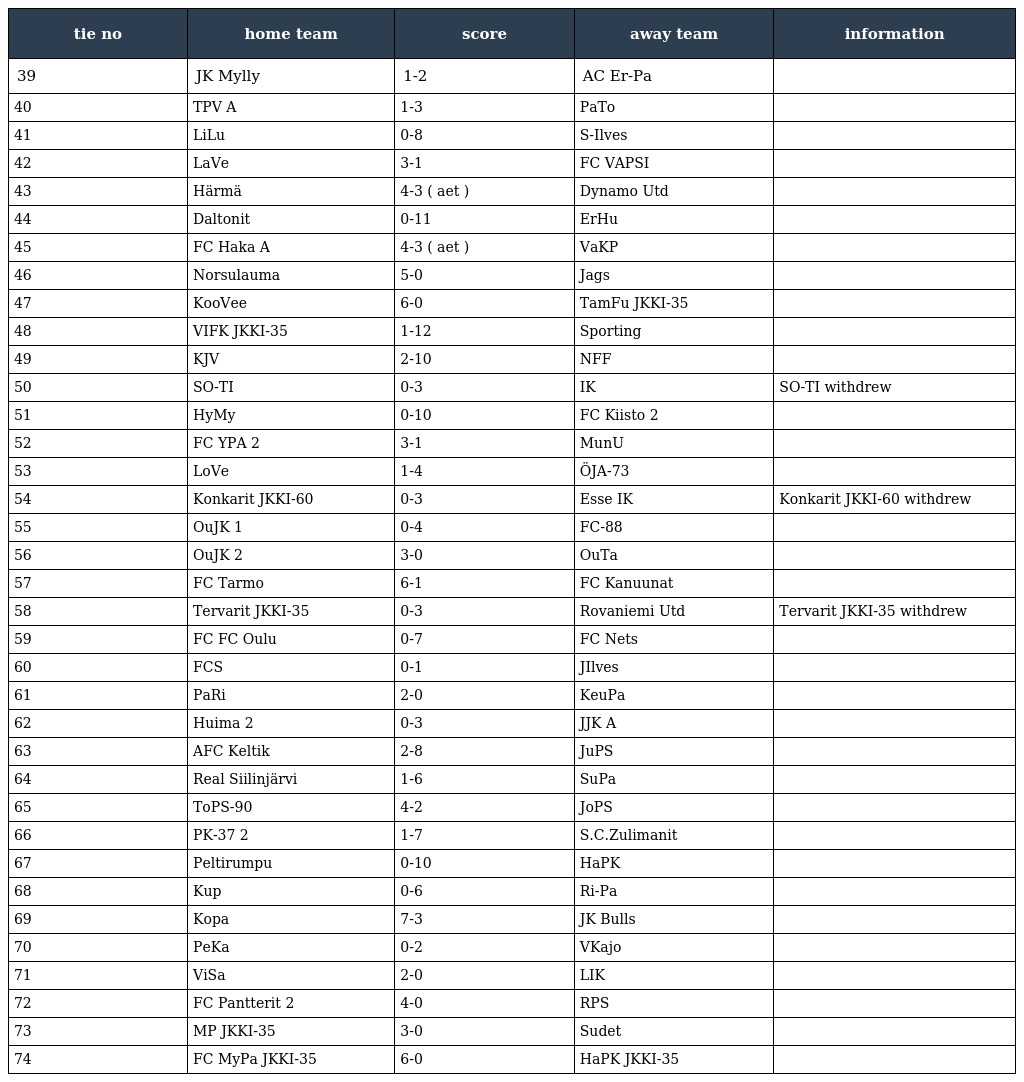
| tie no | home team | score | away team | information |
 | --- | --- | --- | --- | --- |
 | 39 | JK Mylly | 1-2 | AC Er-Pa |  |
 | 40 | TPV A | 1-3 | PaTo |  |
 | 41 | LiLu | 0-8 | S-Ilves |  |
 | 42 | LaVe | 3-1 | FC VAPSI |  |
 | 43 | Härmä | 4-3 ( aet ) | Dynamo Utd |  |
 | 44 | Daltonit | 0-11 | ErHu |  |
 | 45 | FC Haka A | 4-3 ( aet ) | VaKP |  |
 | 46 | Norsulauma | 5-0 | Jags |  |
 | 47 | KooVee | 6-0 | TamFu JKKI-35 |  |
 | 48 | VIFK JKKI-35 | 1-12 | Sporting |  |
 | 49 | KJV | 2-10 | NFF |  |
 | 50 | SO-TI | 0-3 | IK | SO-TI withdrew |
 | 51 | HyMy | 0-10 | FC Kiisto 2 |  |
 | 52 | FC YPA 2 | 3-1 | MunU |  |
 | 53 | LoVe | 1-4 | ÖJA-73 |  |
 | 54 | Konkarit JKKI-60 | 0-3 | Esse IK | Konkarit JKKI-60 withdrew |
 | 55 | OuJK 1 | 0-4 | FC-88 |  |
 | 56 | OuJK 2 | 3-0 | OuTa |  |
 | 57 | FC Tarmo | 6-1 | FC Kanuunat |  |
 | 58 | Tervarit JKKI-35 | 0-3 | Rovaniemi Utd | Tervarit JKKI-35 withdrew |
 | 59 | FC FC Oulu | 0-7 | FC Nets |  |
 | 60 | FCS | 0-1 | JIlves |  |
 | 61 | PaRi | 2-0 | KeuPa |  |
 | 62 | Huima 2 | 0-3 | JJK A |  |
 | 63 | AFC Keltik | 2-8 | JuPS |  |
 | 64 | Real Siilinjärvi | 1-6 | SuPa |  |
 | 65 | ToPS-90 | 4-2 | JoPS |  |
 | 66 | PK-37 2 | 1-7 | S.C.Zulimanit |  |
 | 67 | Peltirumpu | 0-10 | HaPK |  |
 | 68 | Kup | 0-6 | Ri-Pa |  |
 | 69 | Kopa | 7-3 | JK Bulls |  |
 | 70 | PeKa | 0-2 | VKajo |  |
 | 71 | ViSa | 2-0 | LIK |  |
 | 72 | FC Pantterit 2 | 4-0 | RPS |  |
 | 73 | MP JKKI-35 | 3-0 | Sudet |  |
 | 74 | FC MyPa JKKI-35 | 6-0 | HaPK JKKI-35 |  |